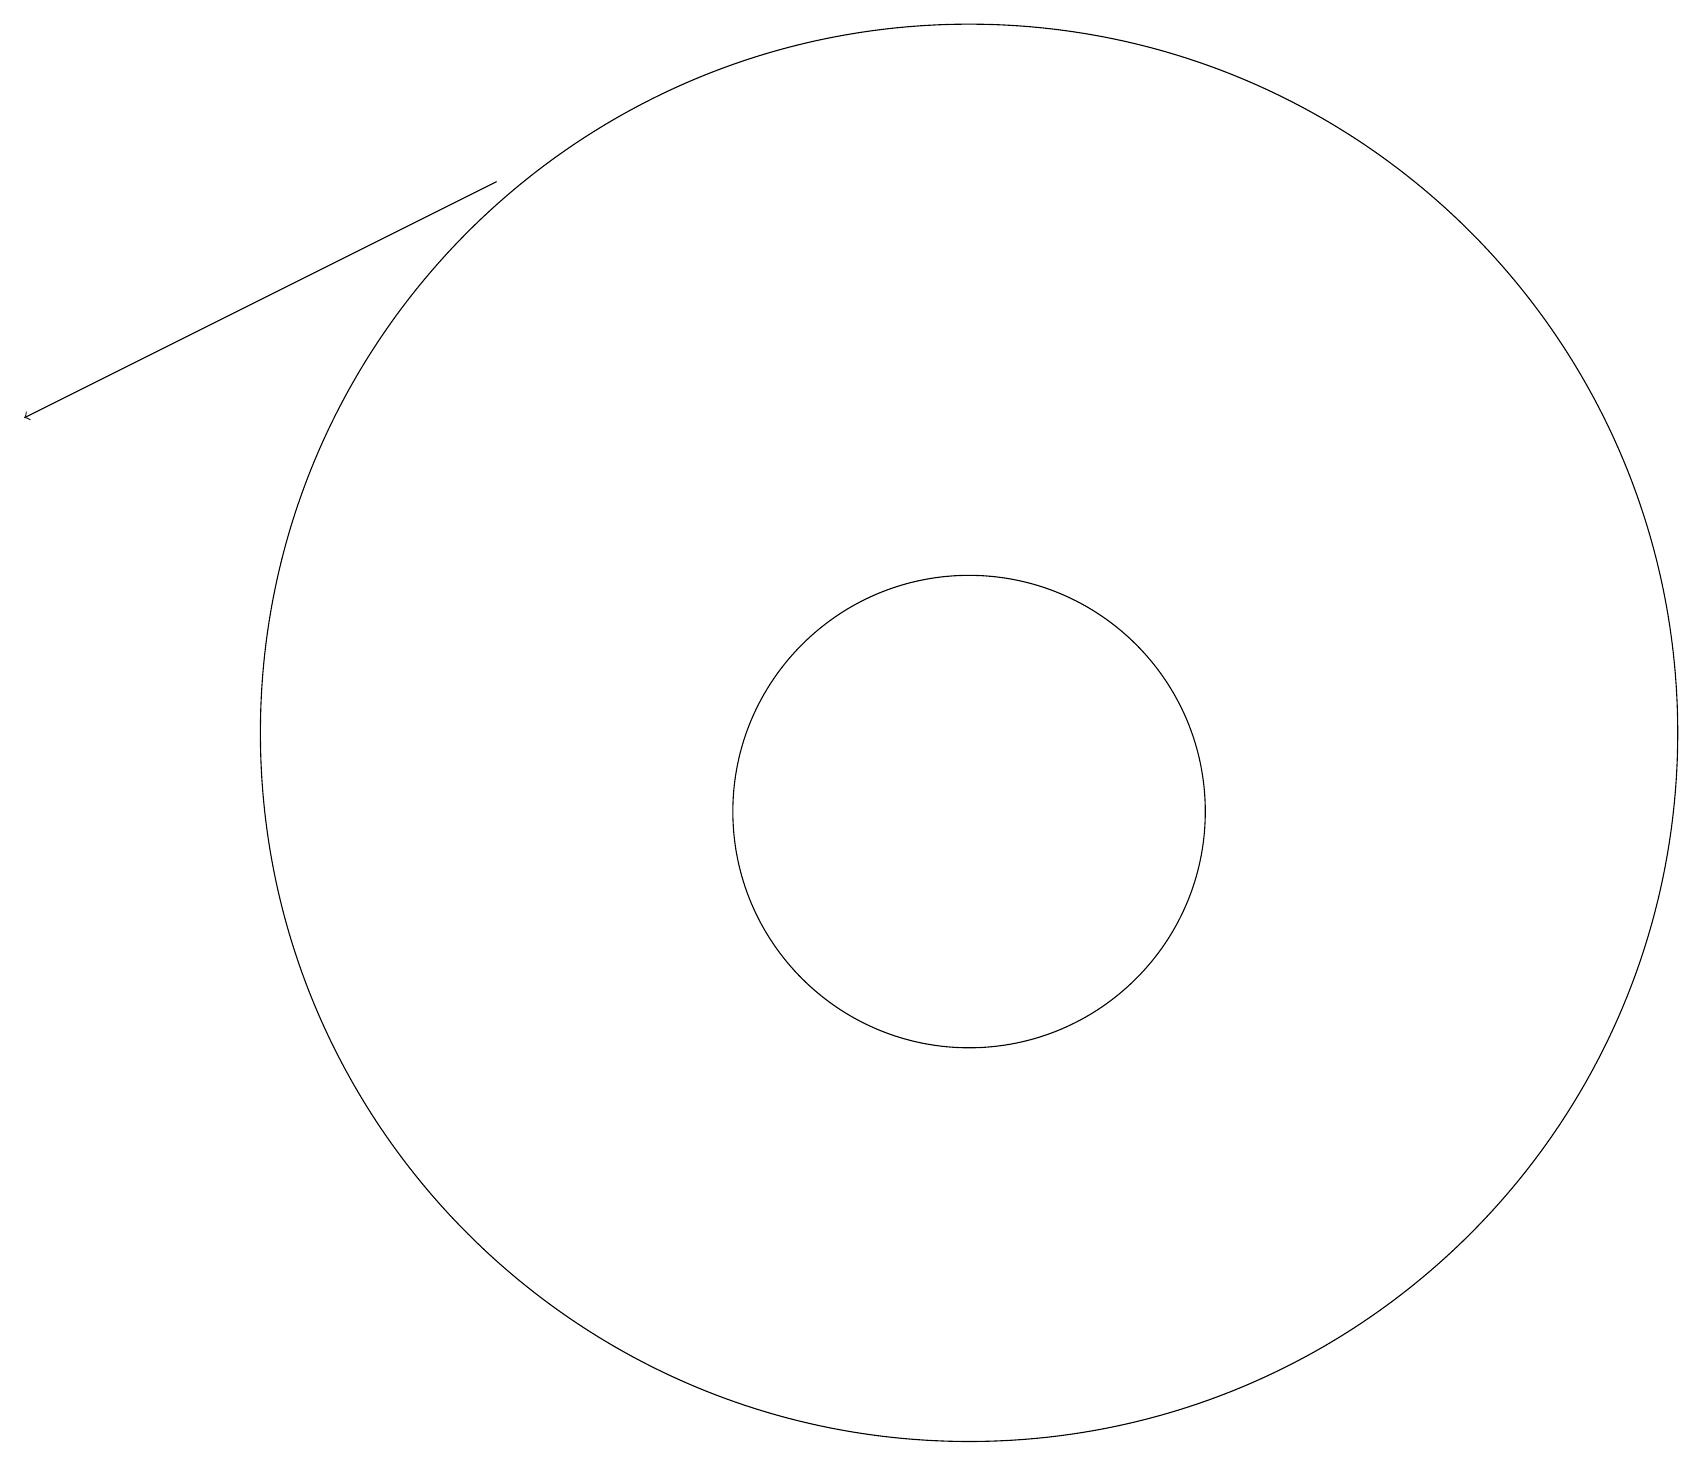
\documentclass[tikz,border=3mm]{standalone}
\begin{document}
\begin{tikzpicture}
\draw[->] (6,19) -- (0,16);
\draw (12,12) circle (9);
\draw (12,11) circle (3);
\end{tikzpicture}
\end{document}